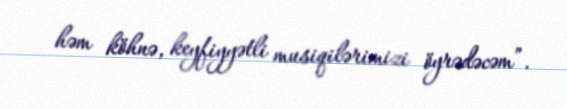
həm köhnə, keyfiyyətli musiqilərimizi öyrədəcəm”.